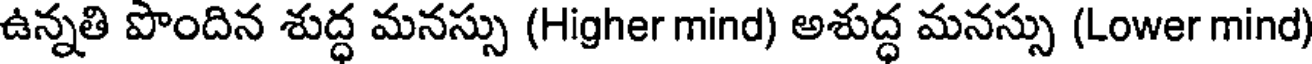
ఉన్నతి పొందిన శుద్ధ మనస్సు (Higher mind) అశుద్ధ మనస్సు (Lower mind)